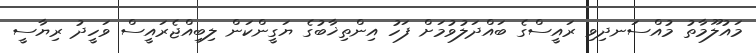
މައުލޫމާތު މުއްސަނދިވި ރައީސްގެ ބައްދަލުވުމަށް ފަހު އިންތިޚާބުގެ ޔަގީންކަން ލިބިއްޖެރައީސް ވަހީދު ރިޔާސީ